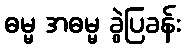
ဓမ္မ အဓမ္မ ခွဲပြခန်း